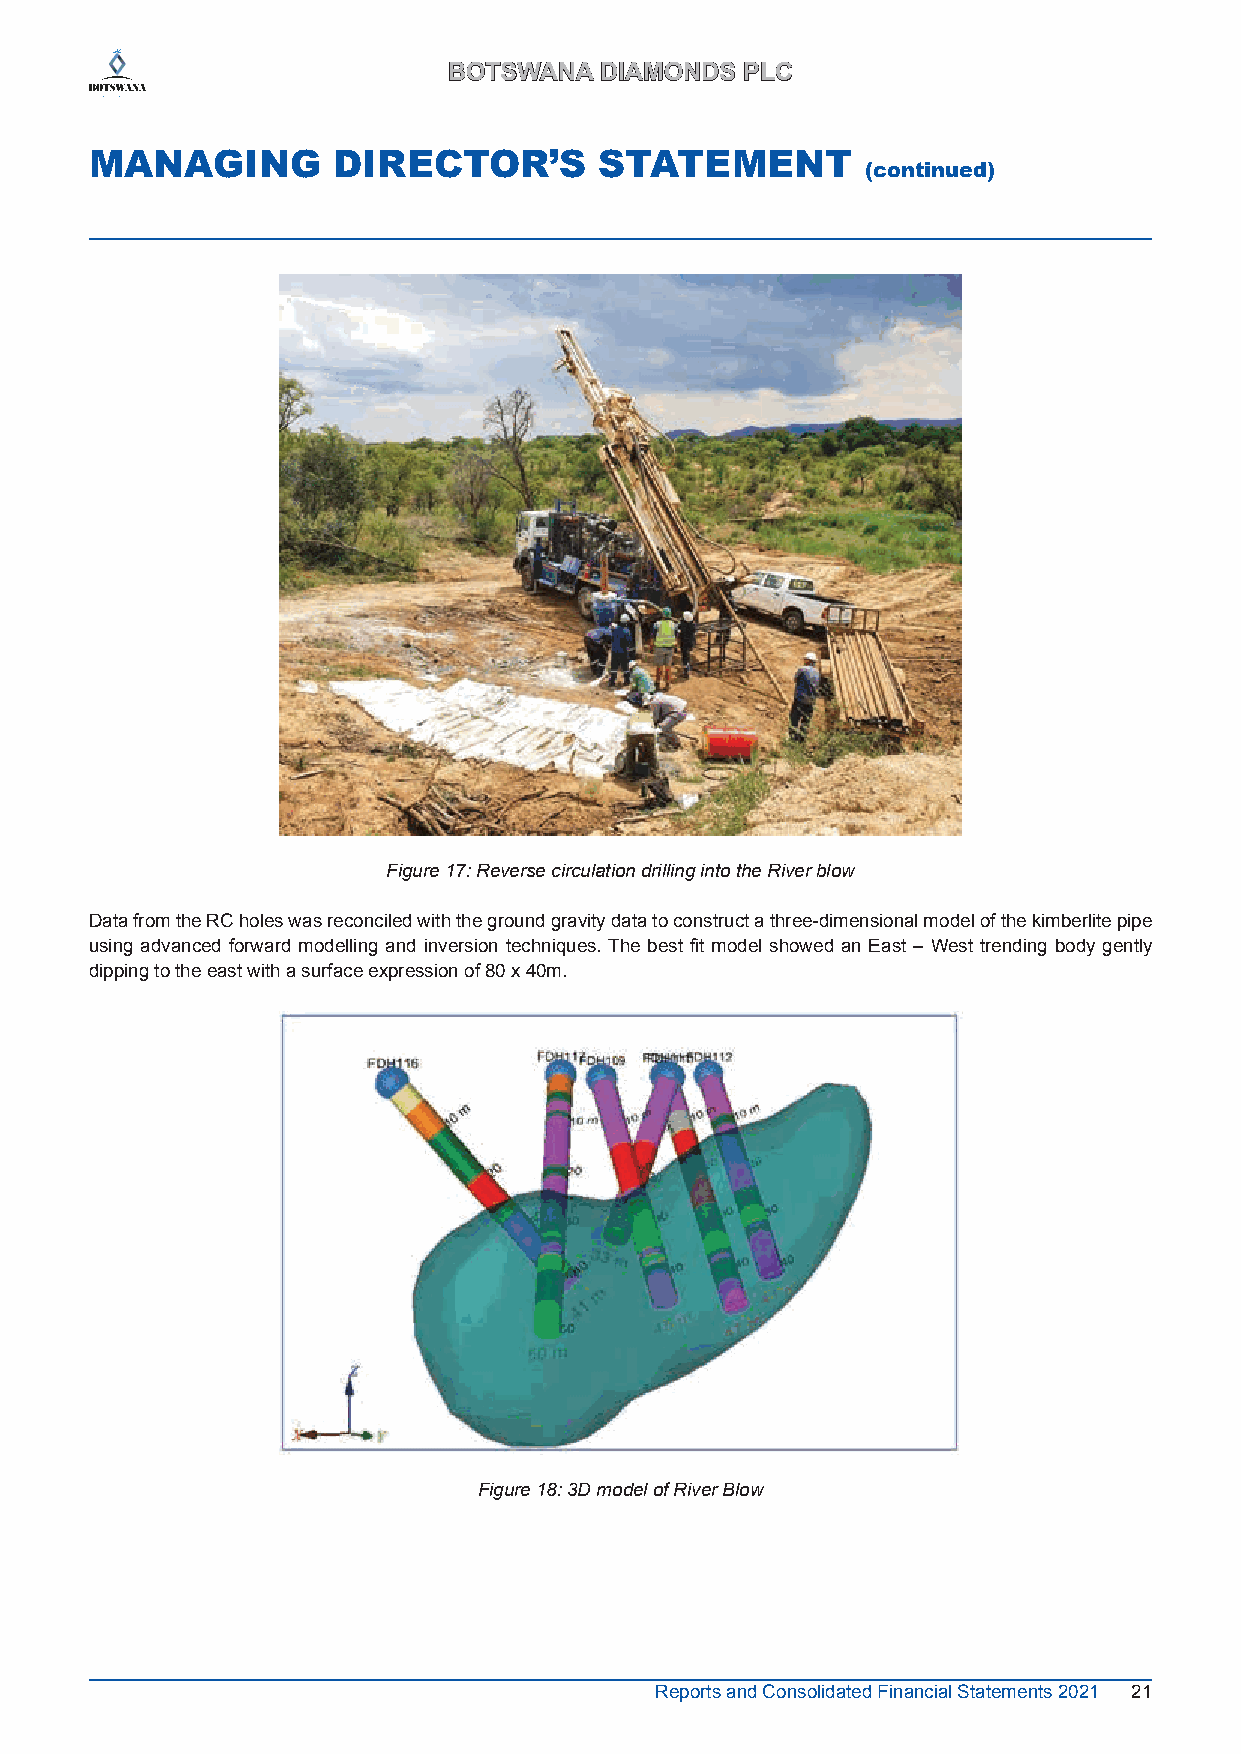
BBOOTTSSWWAANNAA DDIIAAMMOONNDDSS PPLLCC
 MANAGING        DIRECTOR’S        STATEMENT
 (continued)
 Figure 17: Reverse circulation drilling into the River blow
 Data from the RC holes was reconciled with the ground gravity data to construct a three-dimensional model of the kimberlite pipe
 using advanced forward modelling and inversion techniques. The best fit model showed an East – West trending body gently
 dipping to the east with a surface expression of 80 x 40m.
 Figure 18: 3D model of River Blow
 Reports and Consolidated Financial Statements 2021 21